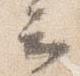
云